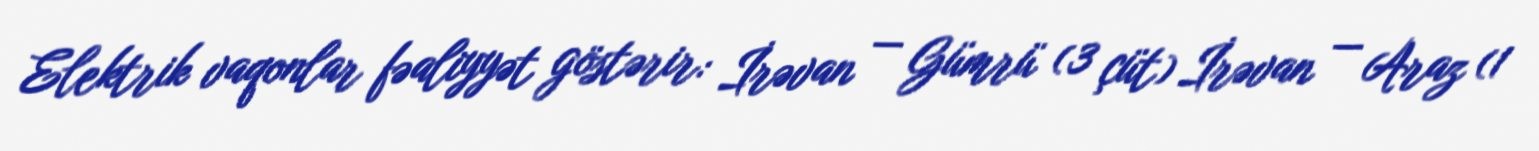
Elektrik vaqonlar fəaliyyət göstərir: İrəvan — Gümrü (3 çüt) İrəvan — Araz (1